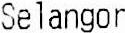
SELANGOR